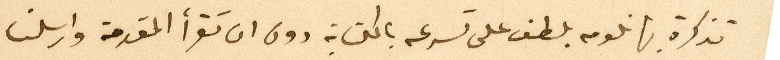
تذكرة بها نلومه بلطف على تسرعه بالكتابة دون ان تقرأ المقدمة وارسلنا